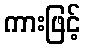
ကားဖြင့်